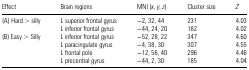
<table><thead><tr><td><b>Effect</b></td><td><b>Brain regions</b></td><td><b>MNI (<i>x</i>, <i>y</i>, <i>z</i>)</b></td><td><b>Cluster size</b></td><td><b><i>Z</i></b></td></tr></thead><tbody><tr><td>(A) Hard &gt; silly</td><td>L superior frontal gyrus</td><td>−2, 32, 44</td><td>231</td><td>4.03</td></tr><tr><td></td><td>L inferior frontal gyrus</td><td>−44, 24, 20</td><td>182</td><td>4.02</td></tr><tr><td>(B) Easy &gt; Silly</td><td>L inferior frontal gyrus</td><td>−52, 28, 22</td><td>347</td><td>4.60</td></tr><tr><td></td><td>L paracingulate gyrus</td><td>−4, 38, 30</td><td>307</td><td>4.55</td></tr><tr><td></td><td>L frontal pole</td><td>−12, 56, 40</td><td>296</td><td>4.46</td></tr><tr><td></td><td>L precentral gyrus</td><td>−44, 2, 30</td><td>185</td><td>4.04</td></tr></tbody></table>